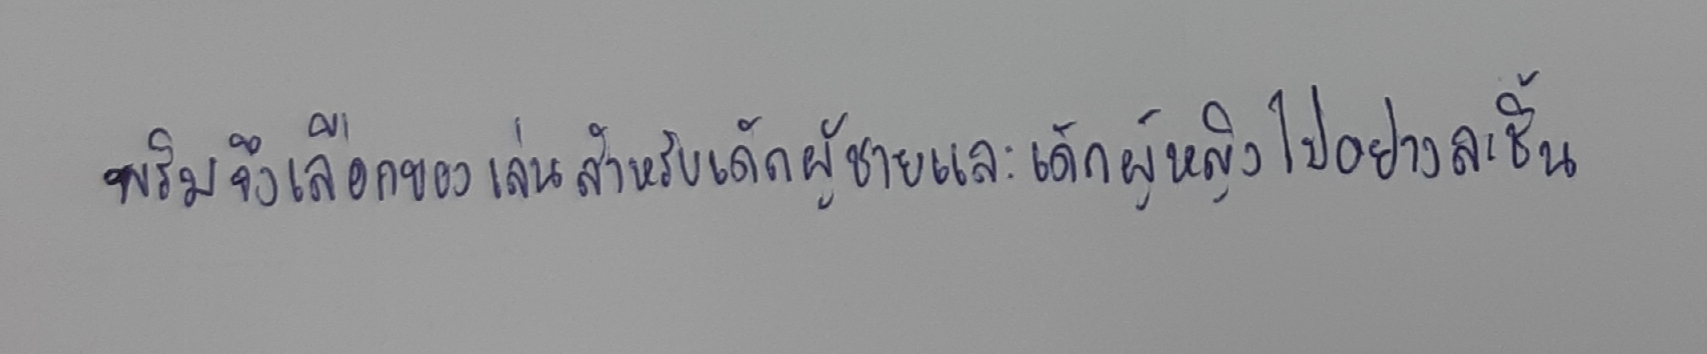
พริมจึงเลือกของเล่นสำหรับเด็กผู้ชายและเด็กผู้หญิงไปอย่างละชิ้น